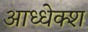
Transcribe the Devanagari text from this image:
आध्धेक्श